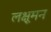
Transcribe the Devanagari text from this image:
लक्षूमन